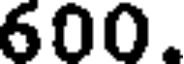
600.